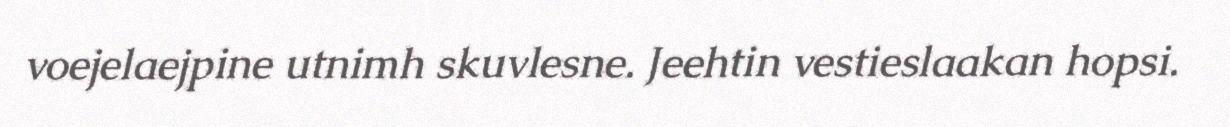
voejelaejpine utnimh skuvlesne. Jeehtin vestieslaakan hopsi.